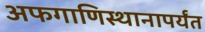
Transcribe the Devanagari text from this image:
अफगाणिस्थानापर्यंत